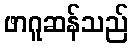
ဖာဂူဆန်သည်